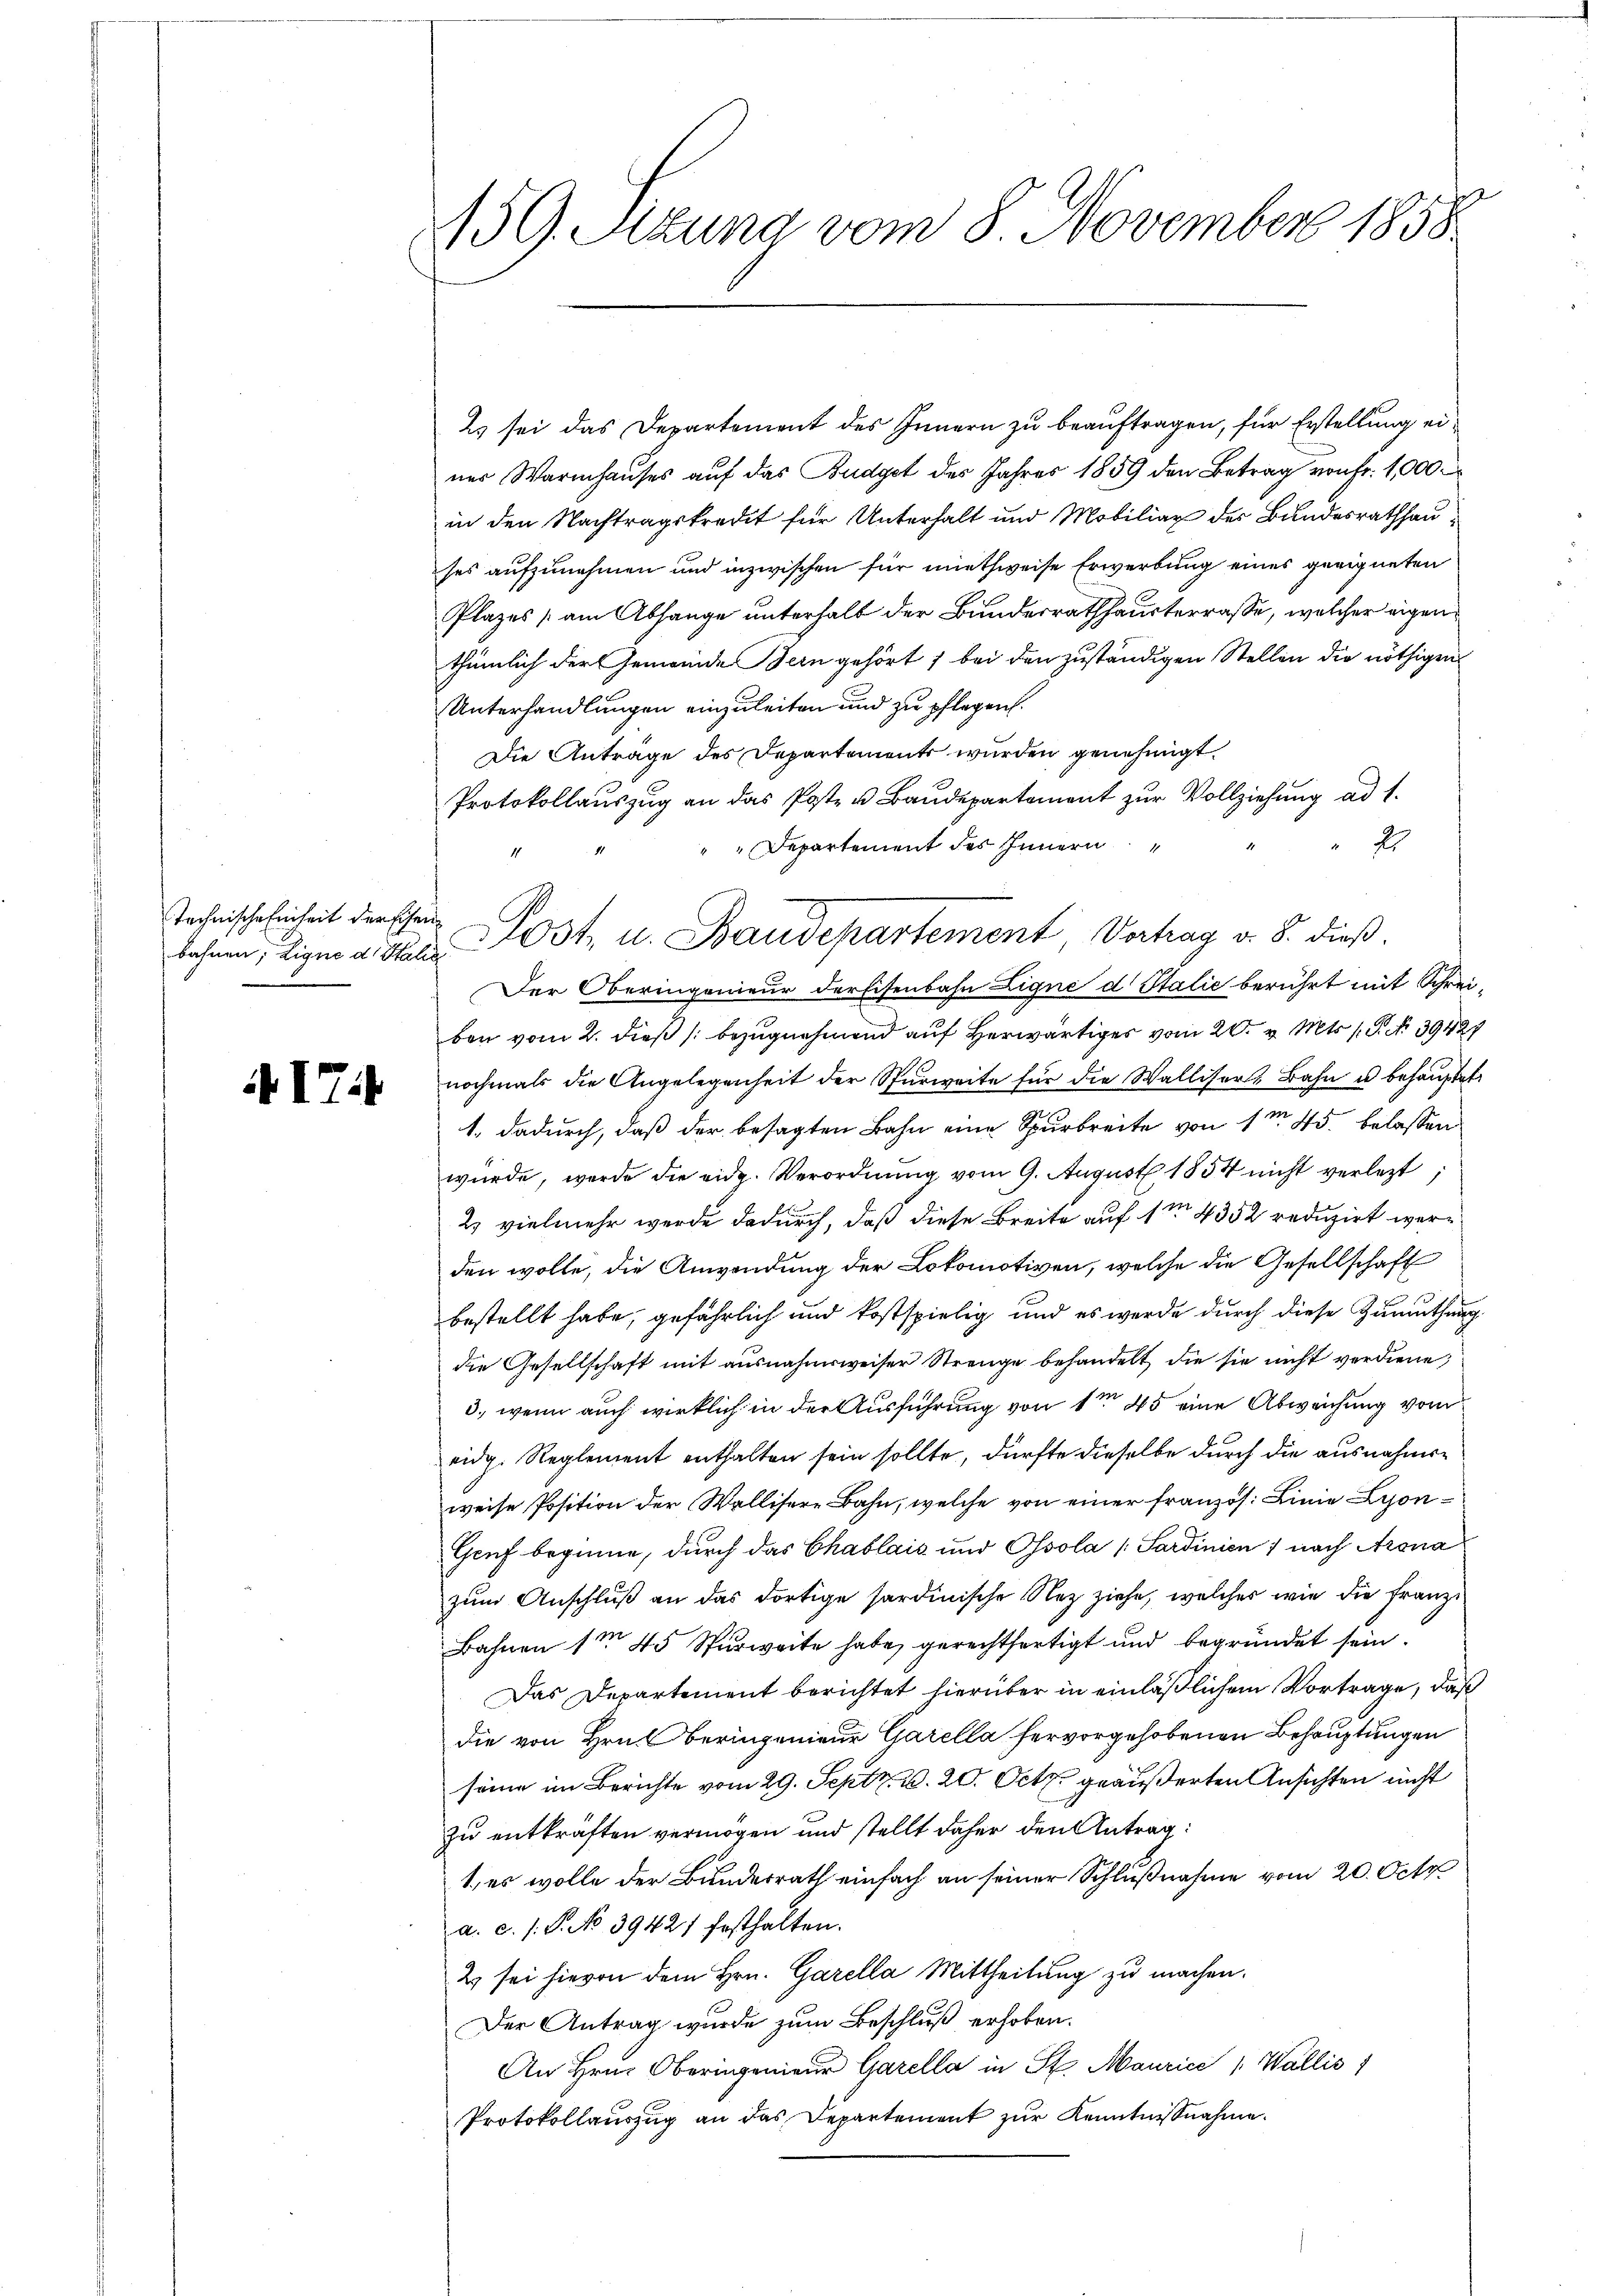
Technische Einheit der Eisen

i 17

159. Sitzung vom 8. November 1858.

2 sei das Departement des Innern zu beauftragen, für Erstellung einer Warmhauses auf das Budget des Jahres 1859 den Betrag von Fr. 1,000
in den Nachtragskredit für Unterhalt und Mobilian der Bundesrathhauses aufzunehmen und inzwischen für miethweise Erwerbung eines geeigneten
Plazes (am Abhange unterhalb der Bunderrathhausterrasse, welcher eigenthümlich der Gemeinde Bern gehört ; bei den zuständigen Stellen die nöthigen
Unterhandlungen einzuleiten und zu pflegen.
Die Anträge des Departements wurden genehmigt.
Protokollauszug an das Poste u Baudepartement zur Vollziehung ad 1.
2
Departement des Innern
Der Oberingenieur derfisenbahn Ligné d Italić berührt mit Schreiben vom 2. dieß (bezugnehmend auf Herwärtiges vom 20. v. Mts. 1. P. Nr. 39427
nochmals die Angelegenheit der Spürweite für die Walliser-Bahn u behauptet
1. dadurch, daß der besagten Bahn eine Spurbreite von 1m 45. belassen
würde, werde die eidg. Verordnung vom 9. August 1854 nicht verletzt
2) vielmehr werde dadurch, daß diese Breite auf 1m 4352 reduzirt werden wolle, die Anwendung der Lokomotiven, welche die Gesellschaft
bestellt habe, gefährlich und kostspielig und es werde durch diese Zumuthung
die Gesellschaft mit ausnahmsweiser Strenge behandelt, die sie nicht verdiene,
3) wenn auch wirklich in der Ausführung von 1te 45 eine Abweichung vom
eidg. Reglement enthalten sein sollte, dürfte dieselbe durch die ausnahmeweise Position der Wallisere Bahn, welche von einer französ. Linie Lyon¬
Gruf beginne, durch das Chablais und Ossola (Sardinien 1 nach Arona
zum Anschluß an das dortige sardinische Nez ziehe, welcher wie die Franzi¬
Bahnen 1te 45 Spurweite habe gerechtfertigt und begründet sein.
Das Departement berichtet hierüber in einläßlichem Vortrage, daß
die von Hrn. Beringenieur Garella hervorgehobenen Behauptungen
seine im Berichte vom 29. Septz. v. 20. Octz. geäußerten Ansichten nicht
zu entkräften vermögen und stellt daher den Antrag:
1, es wolle der Bundesrath einfach an seiner Schlußnahme vom 20. Octo
a. c. s. P. No 39421 festhalten.
2 sei hievon dem Hrn. Garella Mittheilung zu machen.
Der Antrag wurde zum Beschluß erhoben.
An Hrn. Oberingenieur Garella in St. Maurice " Wallis
Protokollauszug an das Departement zur Kenntnißnahme.

behren, die a. Das Post, u. Baudepartement Vertrag v. 8. dieß.